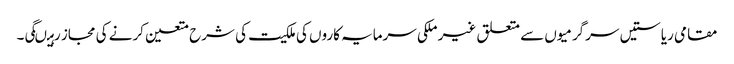
مقامی ریاستیں سرگرمیوں سے متعلق غیر ملکی سرمایہ کاروں کی ملکیت کی شرح متعین کرنے کی مجاز رہیںگی۔